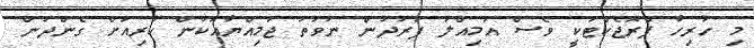
މި ހުރިހާ ޕްރޮޖެކްޓަކީ ވެސް އަމިއްލަ ފަރުދުން ނުވަތަ ޖަމިއްޔާއަކުން ކުރިއަށް ގެންދަން